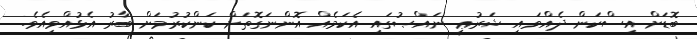
ބޮޑަށް އިސްކަން ދެއްވައި ޝަރުޢީ ނައްޞުގައި އެކަމެއް އޮންނަގޮތަށް ކަންކުރުމަށް ބާރު އެޅުއްވިއެވެ.